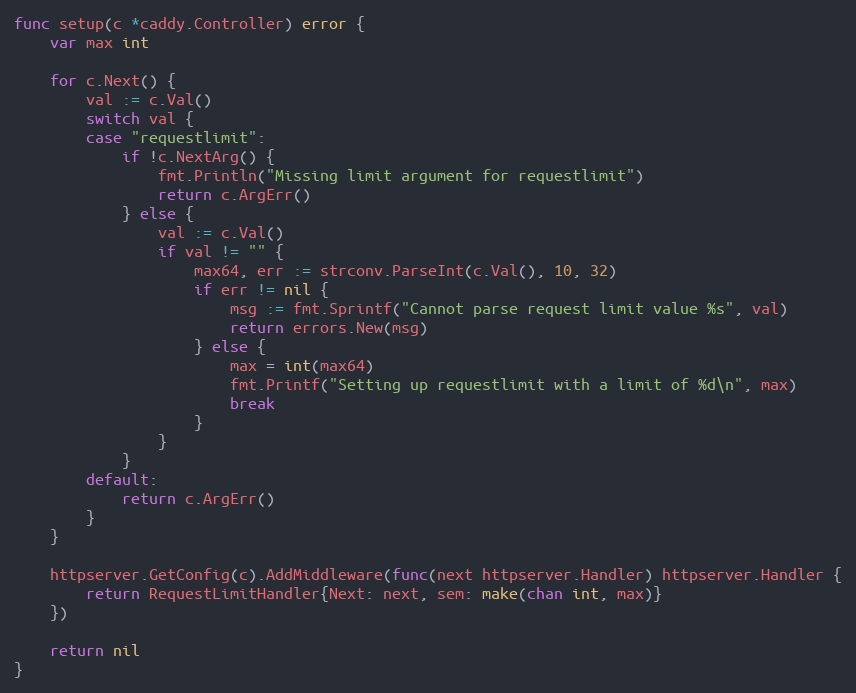
Language: Go
func setup(c *caddy.Controller) error {
	var max int

	for c.Next() {
		val := c.Val()
		switch val {
		case "requestlimit":
			if !c.NextArg() {
				fmt.Println("Missing limit argument for requestlimit")
				return c.ArgErr()
			} else {
				val := c.Val()
				if val != "" {
					max64, err := strconv.ParseInt(c.Val(), 10, 32)
					if err != nil {
						msg := fmt.Sprintf("Cannot parse request limit value %s", val)
						return errors.New(msg)
					} else {
						max = int(max64)
						fmt.Printf("Setting up requestlimit with a limit of %d\n", max)
						break
					}
				}
			}
		default:
			return c.ArgErr()
		}
	}

	httpserver.GetConfig(c).AddMiddleware(func(next httpserver.Handler) httpserver.Handler {
		return RequestLimitHandler{Next: next, sem: make(chan int, max)}
	})

	return nil
}